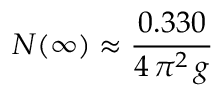
{ \cal N } ( \infty ) \approx { \frac { 0 . 3 3 0 } { 4 \, \pi ^ { 2 } \, g } }